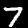
Label: 7